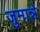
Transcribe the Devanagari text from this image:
जुमान्ने